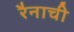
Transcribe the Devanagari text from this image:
रैनाची